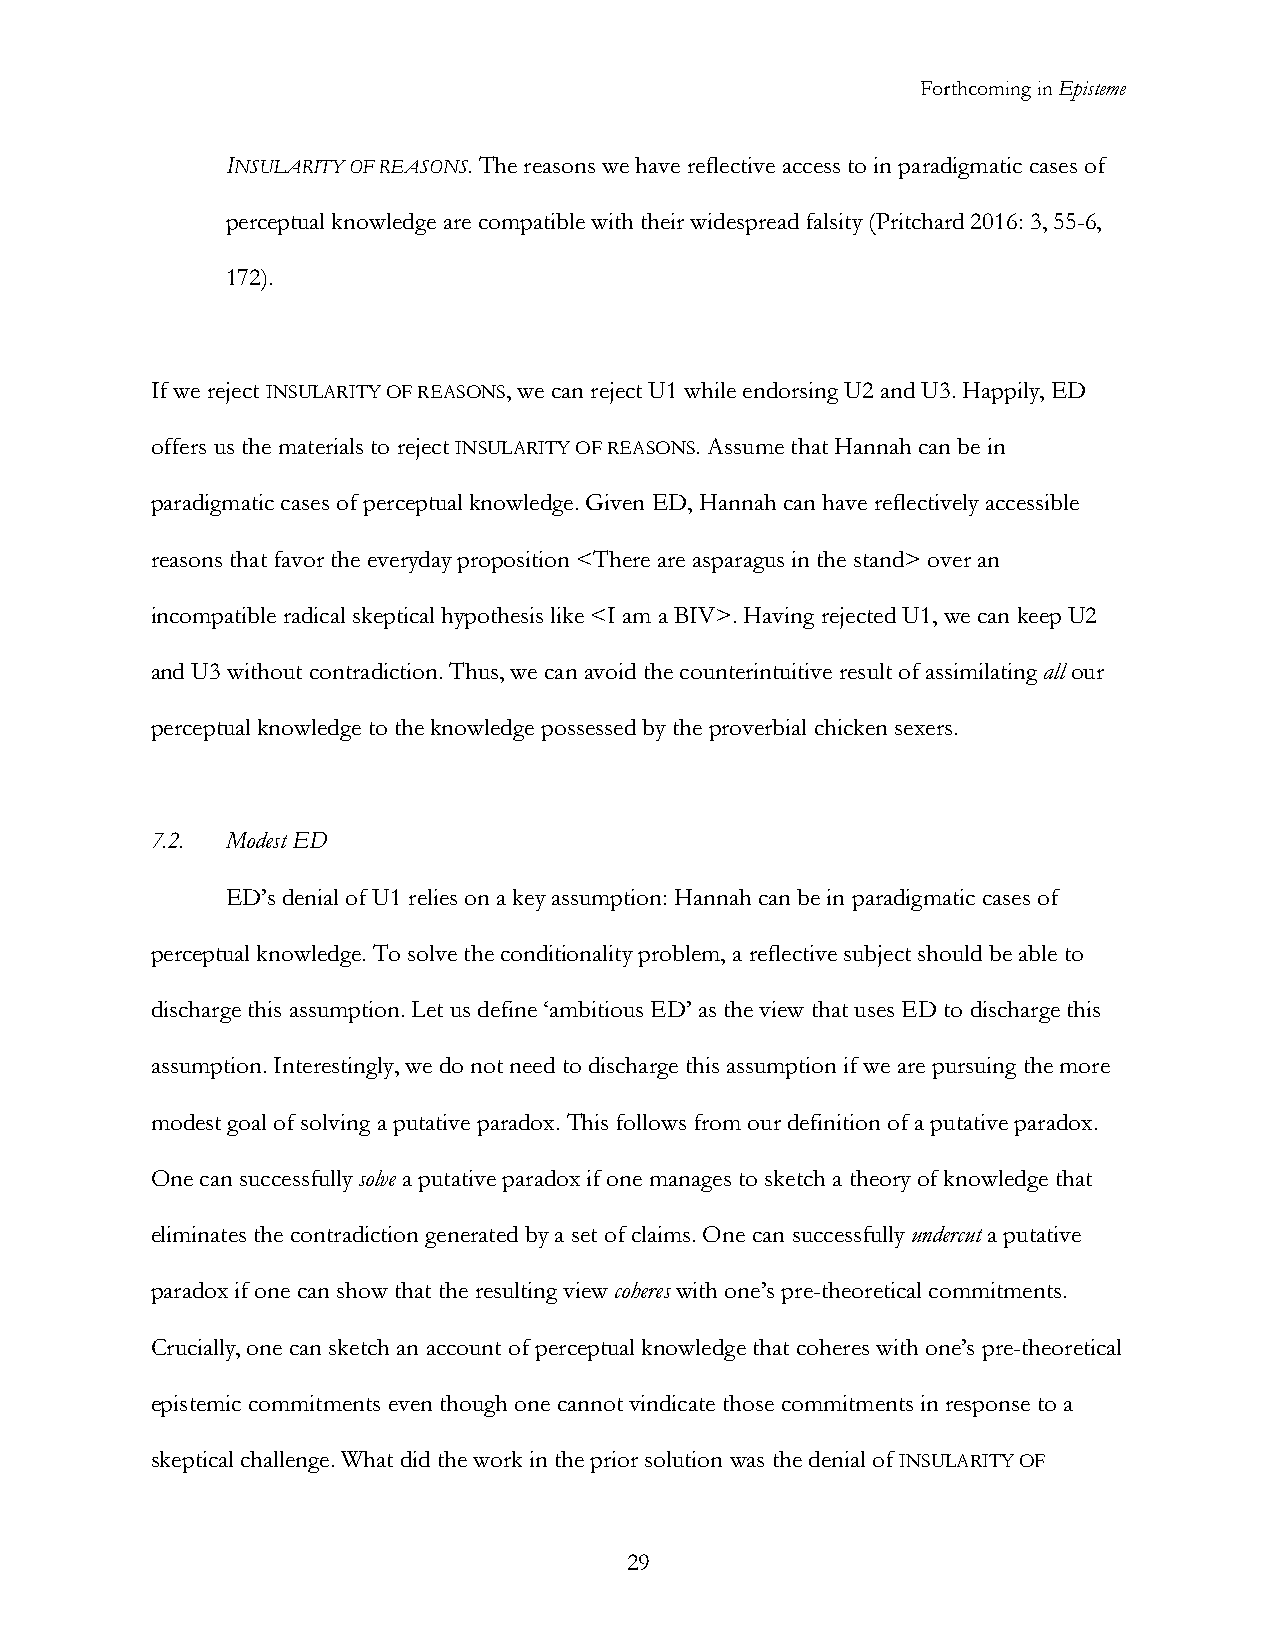
Forthcoming in Episteme
 INSULARITY OF REASONS. The reasons we have reflective access to in paradigmatic cases of
 perceptual knowledge are compatible with their widespread falsity (Pritchard 2016: 3, 55-6,
 172).
 If we reject INSULARITY OF REASONS, we can reject U1 while endorsing U2 and U3. Happily, ED
 offers us the materials to reject INSULARITY OF REASONS. Assume that Hannah can be in
 paradigmatic cases of perceptual knowledge. Given ED, Hannah can have reflectively accessible
 reasons that favor the everyday proposition <There are asparagus in the stand> over an
 incompatible radical skeptical hypothesis like <I am a BIV>. Having rejected U1, we can keep U2
 and U3 without contradiction. Thus, we can avoid the counterintuitive result of assimilating all our
 perceptual knowledge to the knowledge possessed by the proverbial chicken sexers.
 7.2. Modest ED
 ED’s denial of U1 relies on a key assumption: Hannah can be in paradigmatic cases of
 perceptual knowledge. To solve the conditionality problem, a reflective subject should be able to
 discharge this assumption. Let us define ‘ambitious ED’ as the view that uses ED to discharge this
 assumption. Interestingly, we do not need to discharge this assumption if we are pursuing the more
 modest goal of solving a putative paradox. This follows from our definition of a putative paradox.
 One can successfully solve a putative paradox if one manages to sketch a theory of knowledge that
 eliminates the contradiction generated by a set of claims. One can successfully undercut a putative
 paradox if one can show that the resulting view coheres with one’s pre-theoretical commitments.
 Crucially, one can sketch an account of perceptual knowledge that coheres with one’s pre-theoretical
 epistemic commitments even though one cannot vindicate those commitments in response to a
 skeptical challenge. What did the work in the prior solution was the denial of INSULARITY OF
 29